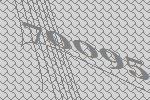
70095